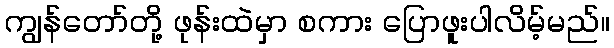
ကျွန်တော်တို့ ဖုန်းထဲမှာ စကား ပြောဖူးပါလိမ့်မည်။